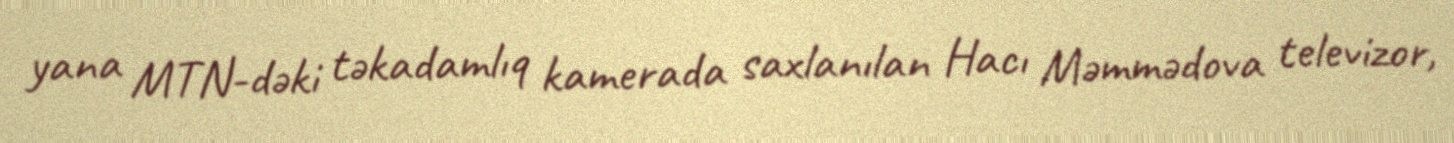
yana MTN-dəki təkadamlıq kamerada saxlanılan Hacı Məmmədova televizor,